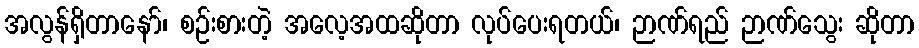
အလွန်ရှိတာနော်၊ စဉ်းစားတဲ့ အလေ့အထဆိုတာ လုပ်ပေးရတယ်၊ ဉာဏ်ရည် ဉာဏ်သွေး ဆိုတာ